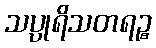
သပ္ပုရိသတရဉ္စ